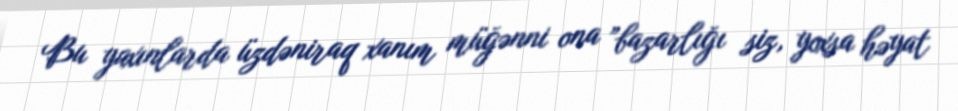
Bu yaxınlarda üzdəniraq xanım müğənni ona ”bazarlığı siz, yoxsa həyat